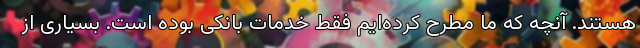
هستند. آنچه که ما مطرح کرده‌ایم فقط خدمات بانکی بوده است. بسیاری از